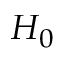
H _ { 0 }